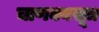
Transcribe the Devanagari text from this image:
चाणक्यसूत्र